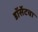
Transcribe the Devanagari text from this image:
डॉर्सेटचा